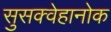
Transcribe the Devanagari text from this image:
सुसक्वेहानोक